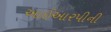
આઈઆરપીની